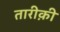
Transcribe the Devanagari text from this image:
तारीक़ी